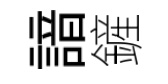
諳鏟